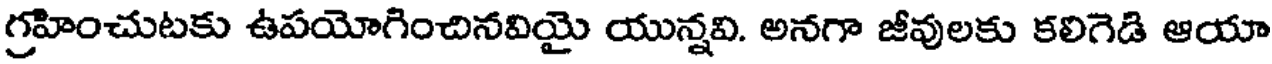
గ్రహించుటకు ఉపయోగించినవియై యున్నవి. అనగా జీవులకు కలిగెడి ఆయా